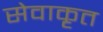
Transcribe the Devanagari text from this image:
सेवाकृत